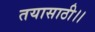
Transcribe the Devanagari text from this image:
तयासाठी।।